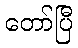
တော်ပြီ